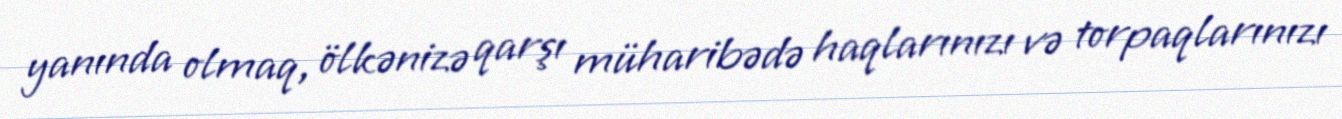
yanında olmaq, ölkənizə qarşı müharibədə haqlarınızı və torpaqlarınızı